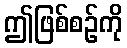
ဤဖြစ်စဉ်ကို